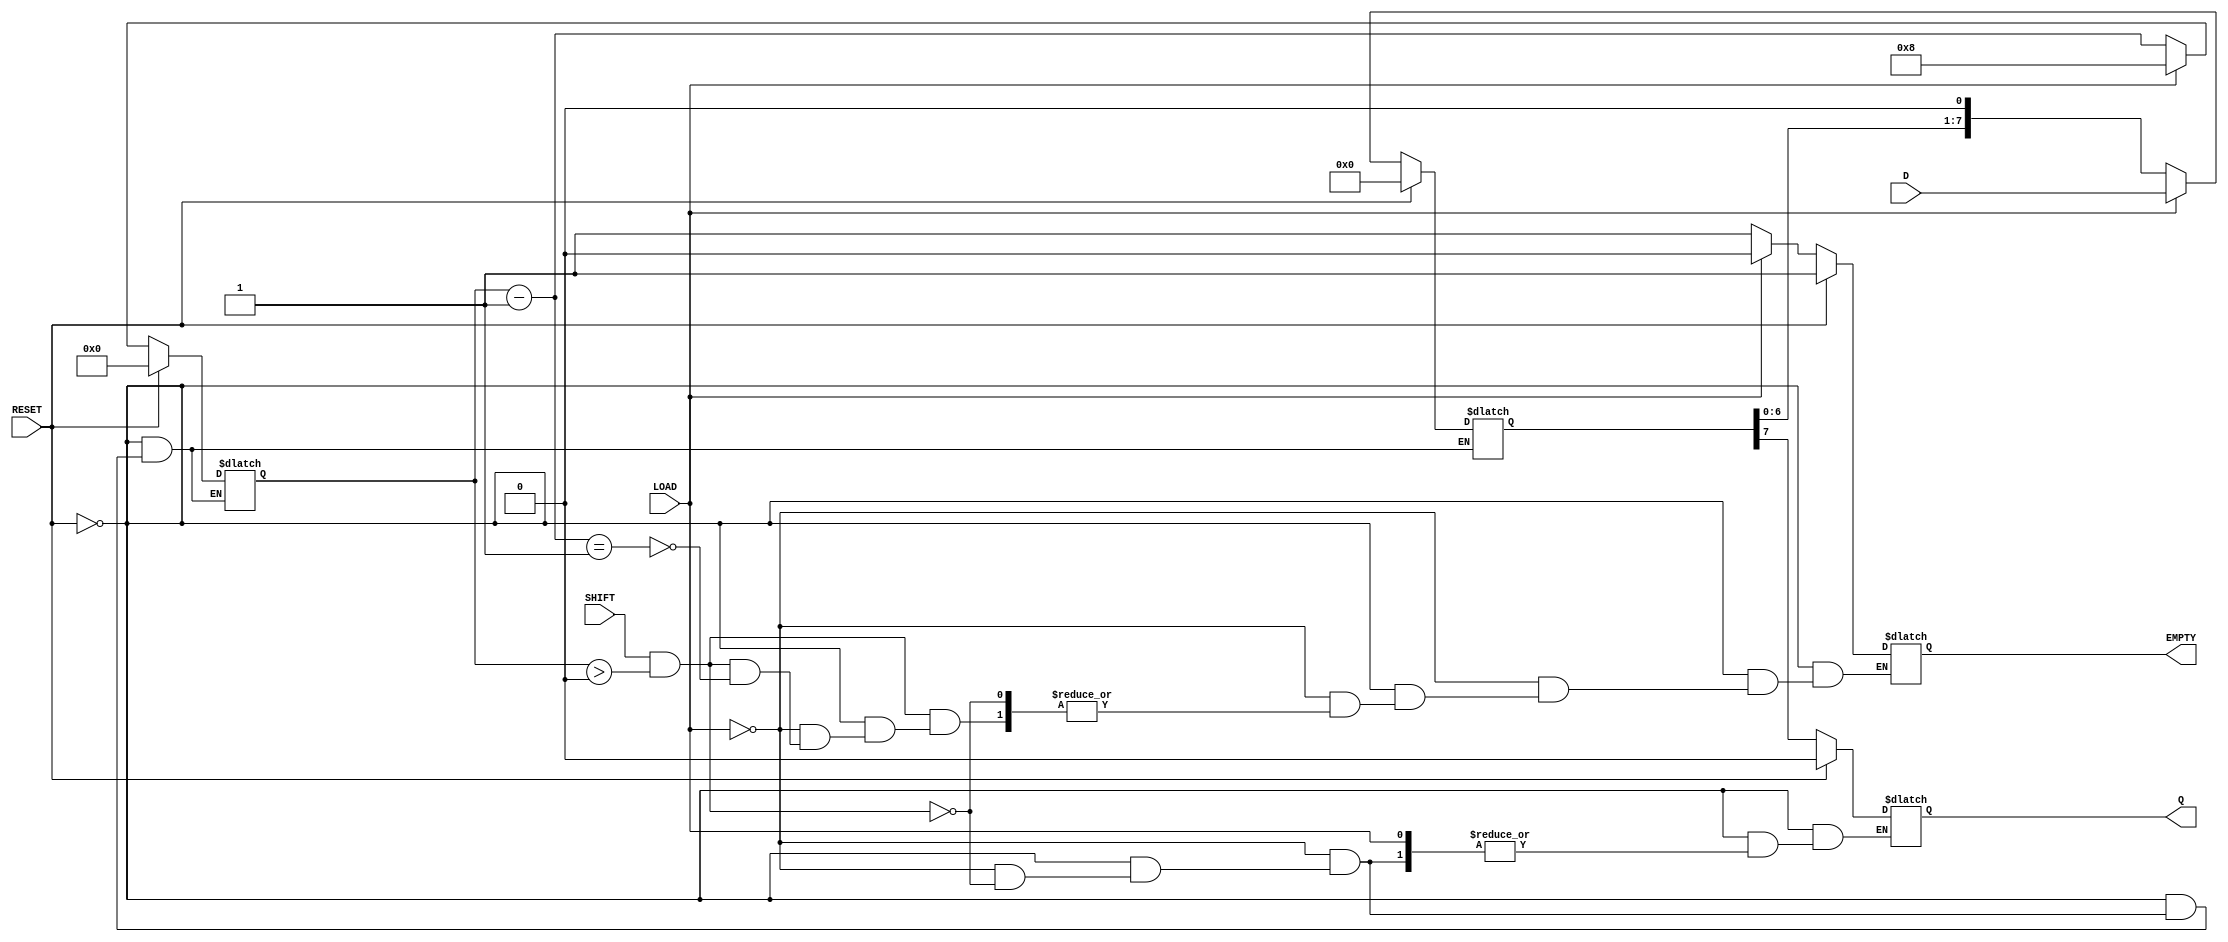
module piso_register #(
    parameter n = 8  // Number of bits in the register (can be adjusted)
)(
    input  wire [n-1:0] D,       // Parallel data inputs
    input  wire LOAD,             // Load control signal
    input  wire SHIFT,            // Shift control signal
    input  wire RESET,            // Asynchronous reset signal
    output reg  Q,                // Serial output
    output reg  EMPTY             // Empty flag
);

    reg [n-1:0] shift_reg;        // Internal shift register storage
    reg [3:0] count;              // Count of bits shifted out

    // Asynchronous reset and load operations
    always @* begin
        if (RESET) begin
            shift_reg = 0;        // Clear the shift register
            Q = 0;                // Clear the output
            EMPTY = 1;            // Set EMPTY flag high
            count = 0;            // Reset count
        end else begin
            if (LOAD) begin
                shift_reg = D;     // Load parallel data into shift register
                EMPTY = 0;         // Set EMPTY flag low
                count = n;         // Set count to number of bits
            end else if (SHIFT && count > 0) begin
                Q = shift_reg[n-1]; // Output the MSB
                shift_reg = {shift_reg[n-2:0], 1'b0}; // Shift left
                count = count - 1;  // Decrease count
                if (count == 1) begin
                    EMPTY = 1;       // Set EMPTY flag high if last bit shifted out
                end
            end
        end
    end

endmodule